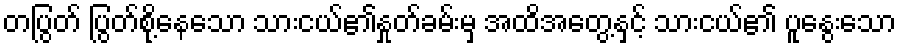
တပြွတ် ပြွတ်စို့နေသော သားငယ်၏နှုတ်ခမ်းမှ အထိအတွေ့နှင့် သားငယ်၏ ပူနွေးသော